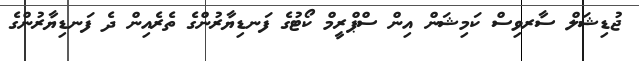
ޖުޑިޝަލް ސާރވިސް ކަމިޝަން އިން ސްޕްރީމް ކޯޓުގެ ފަނޑިޔާރުންގެ ތެރެއިން ދެ ފަނޑިޔާރުންގެ